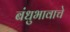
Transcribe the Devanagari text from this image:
बंधुभावाचे